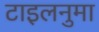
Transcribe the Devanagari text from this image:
टाइलनुमा